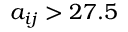
a _ { i j } > 2 7 . 5